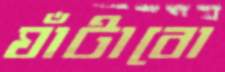
ঘাঁটাবো